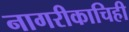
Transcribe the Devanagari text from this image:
नागरीकाचिही